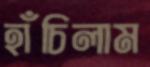
হাঁচিলাম